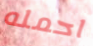
احمله